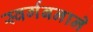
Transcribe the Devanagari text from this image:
स्वर्गबनाने